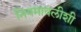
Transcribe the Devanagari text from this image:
नियमावलीशी